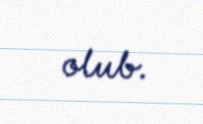
olub.